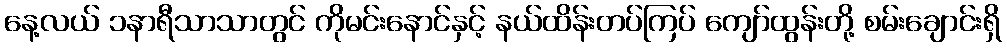
နေ့လယ် ၁နာရီသာသာတွင် ကိုမင်းနောင်နှင့် နယ်ထိန်းတပ်ကြပ် ကျော်ထွန်းတို့ စမ်းချောင်းရှိ